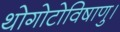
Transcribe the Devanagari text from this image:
थोगोटोविषाणु।